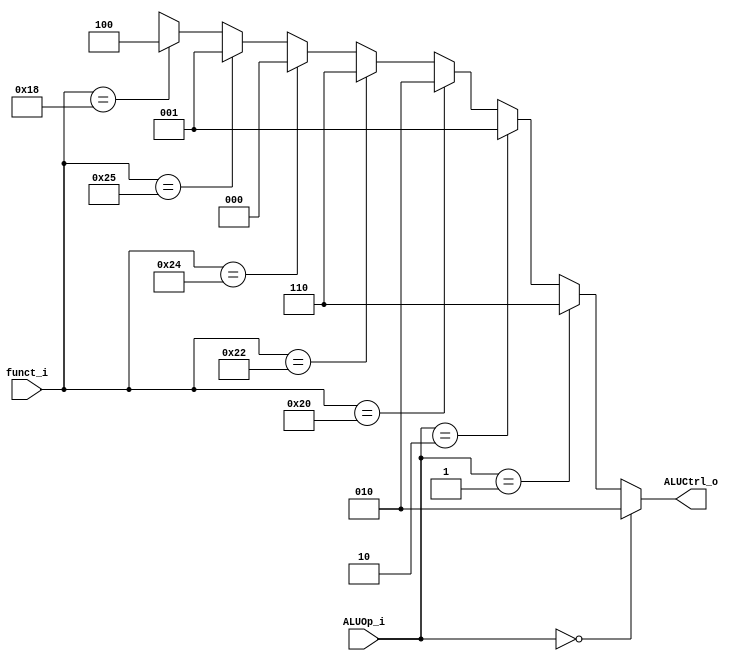
`define Add 3'b010
`define Subtract 3'b110
`define Or 3'b001
`define And 3'b000
`define Mult 3'b100

module ALU_Control
(
    funct_i, 
    ALUOp_i,
    ALUCtrl_o
);

input  [5:0] funct_i;
input  [1:0] ALUOp_i;
output [2:0] ALUCtrl_o;

assign ALUCtrl_o = (ALUOp_i == 2'b00) ? `Add:
                   (ALUOp_i == 2'b01) ? `Subtract:
                   (ALUOp_i == 2'b10) ? `Or:
                   (funct_i == 6'h20) ? `Add:
                   (funct_i == 6'h22) ? `Subtract:
                   (funct_i == 6'h24) ? `And:
                   (funct_i == 6'h25) ? `Or:
                   (funct_i == 6'h18) ? `Mult:
                   3'bxxx;

endmodule